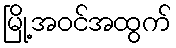
မြို့အဝင်အထွက်